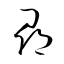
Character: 尋